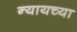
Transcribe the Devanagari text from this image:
न्यायच्या